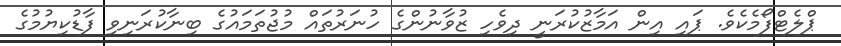
ޕްލެޓްފޯމެކެވެ. ޕައި އިން އަމާޒުކުރަނީ ދިވެހި ޒުވާނުންގެ ހުނަރުތައް މުޖުތަމައުގެ ބިނާކުރަނިވި ފާޑުކިޔުމުގެ